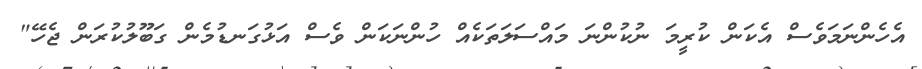
އެހެންނަމަވެސް އެކަން ކުރީމަ ނުކުންނަ މައްސަލަތަކެއް ހުންނަކަން ވެސް އަޅުގަނޑުމެން ގަބޫލުކުރަން ޖެހޭ"